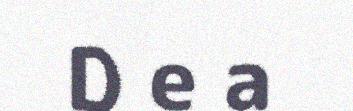
D e a